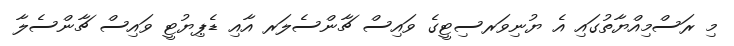
މި ރަސްމިއްޔާތުގައި އެ ޔުނިވަރސިޓީގެ ވައިސް ޗާންސެލަރ އާއި ޑެޕިޔުޓީ ވައިސް ޗާންސެލާ